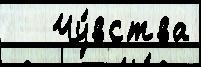
   Чу́вства